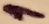
Text: 1